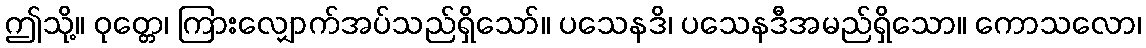
ဤသို့။ ဝုတ္တေ၊ ကြားလျှောက်အပ်သည်ရှိသော်။ ပသေနဒိ၊ ပသေနဒီအမည်ရှိသော။ ကောသလော၊